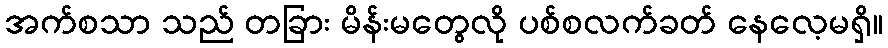
အက်စသာ သည် တခြား မိန်းမတွေလို ပစ်စလက်ခတ် နေလေ့မရှိ။